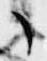
々